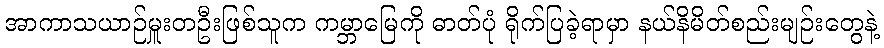
အာကာသယာဉ်မှူးတဦးဖြစ်သူက ကမ္ဘာမြေကို ဓာတ်ပုံ ရိုက်ပြခဲ့ရာမှာ နယ်နိမိတ်စည်းမျဉ်းတွေနဲ့